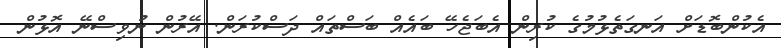
އެކުންބޮޑަށް އަނގަތެޅުމުގެ ކުރިން އެބަޖެހޭ ބައެއް ބަސްތައް ދަސްކުރަން. އޭރުން ނުވިސްނޭ އޮޅުން